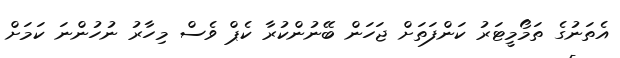
އެތަނުގެ ތަމޯމީޓަރު ކަންފަތަށް ޖަހަން ބޭނުންކުރާ ކެޕް ވެސް މިހާރު ނުހުންނަ ކަމަށް